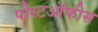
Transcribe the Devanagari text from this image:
पोस्टऑफीस